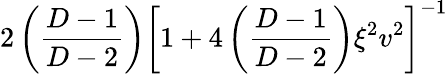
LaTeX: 2\left(\frac{D-1}{D-2}\right)\left[1+4\left(\frac{D-1}{D-2}\right)\xi^{2}v^{2}\right]^{-1}